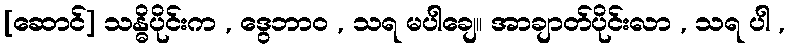
[ဆောင်] သန္ဓိပိုင်းက , ဒွေဘာဝ , သရ မပါချေ။ အာချာတ်ပိုင်းလာ , သရ ပါ ,